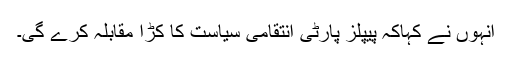
انہوں نے کہاکہ پیپلز پارٹی انتقامی سیاست کا کڑا مقابلہ کرے گی۔